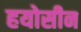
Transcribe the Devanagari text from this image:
हयोसीन